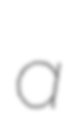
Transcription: a